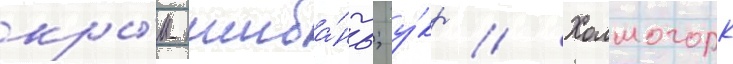
кры́м-шиба́нь; у́кр // Холмогорк